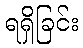
ရရှိခြင်း